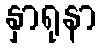
နှာရုနာ